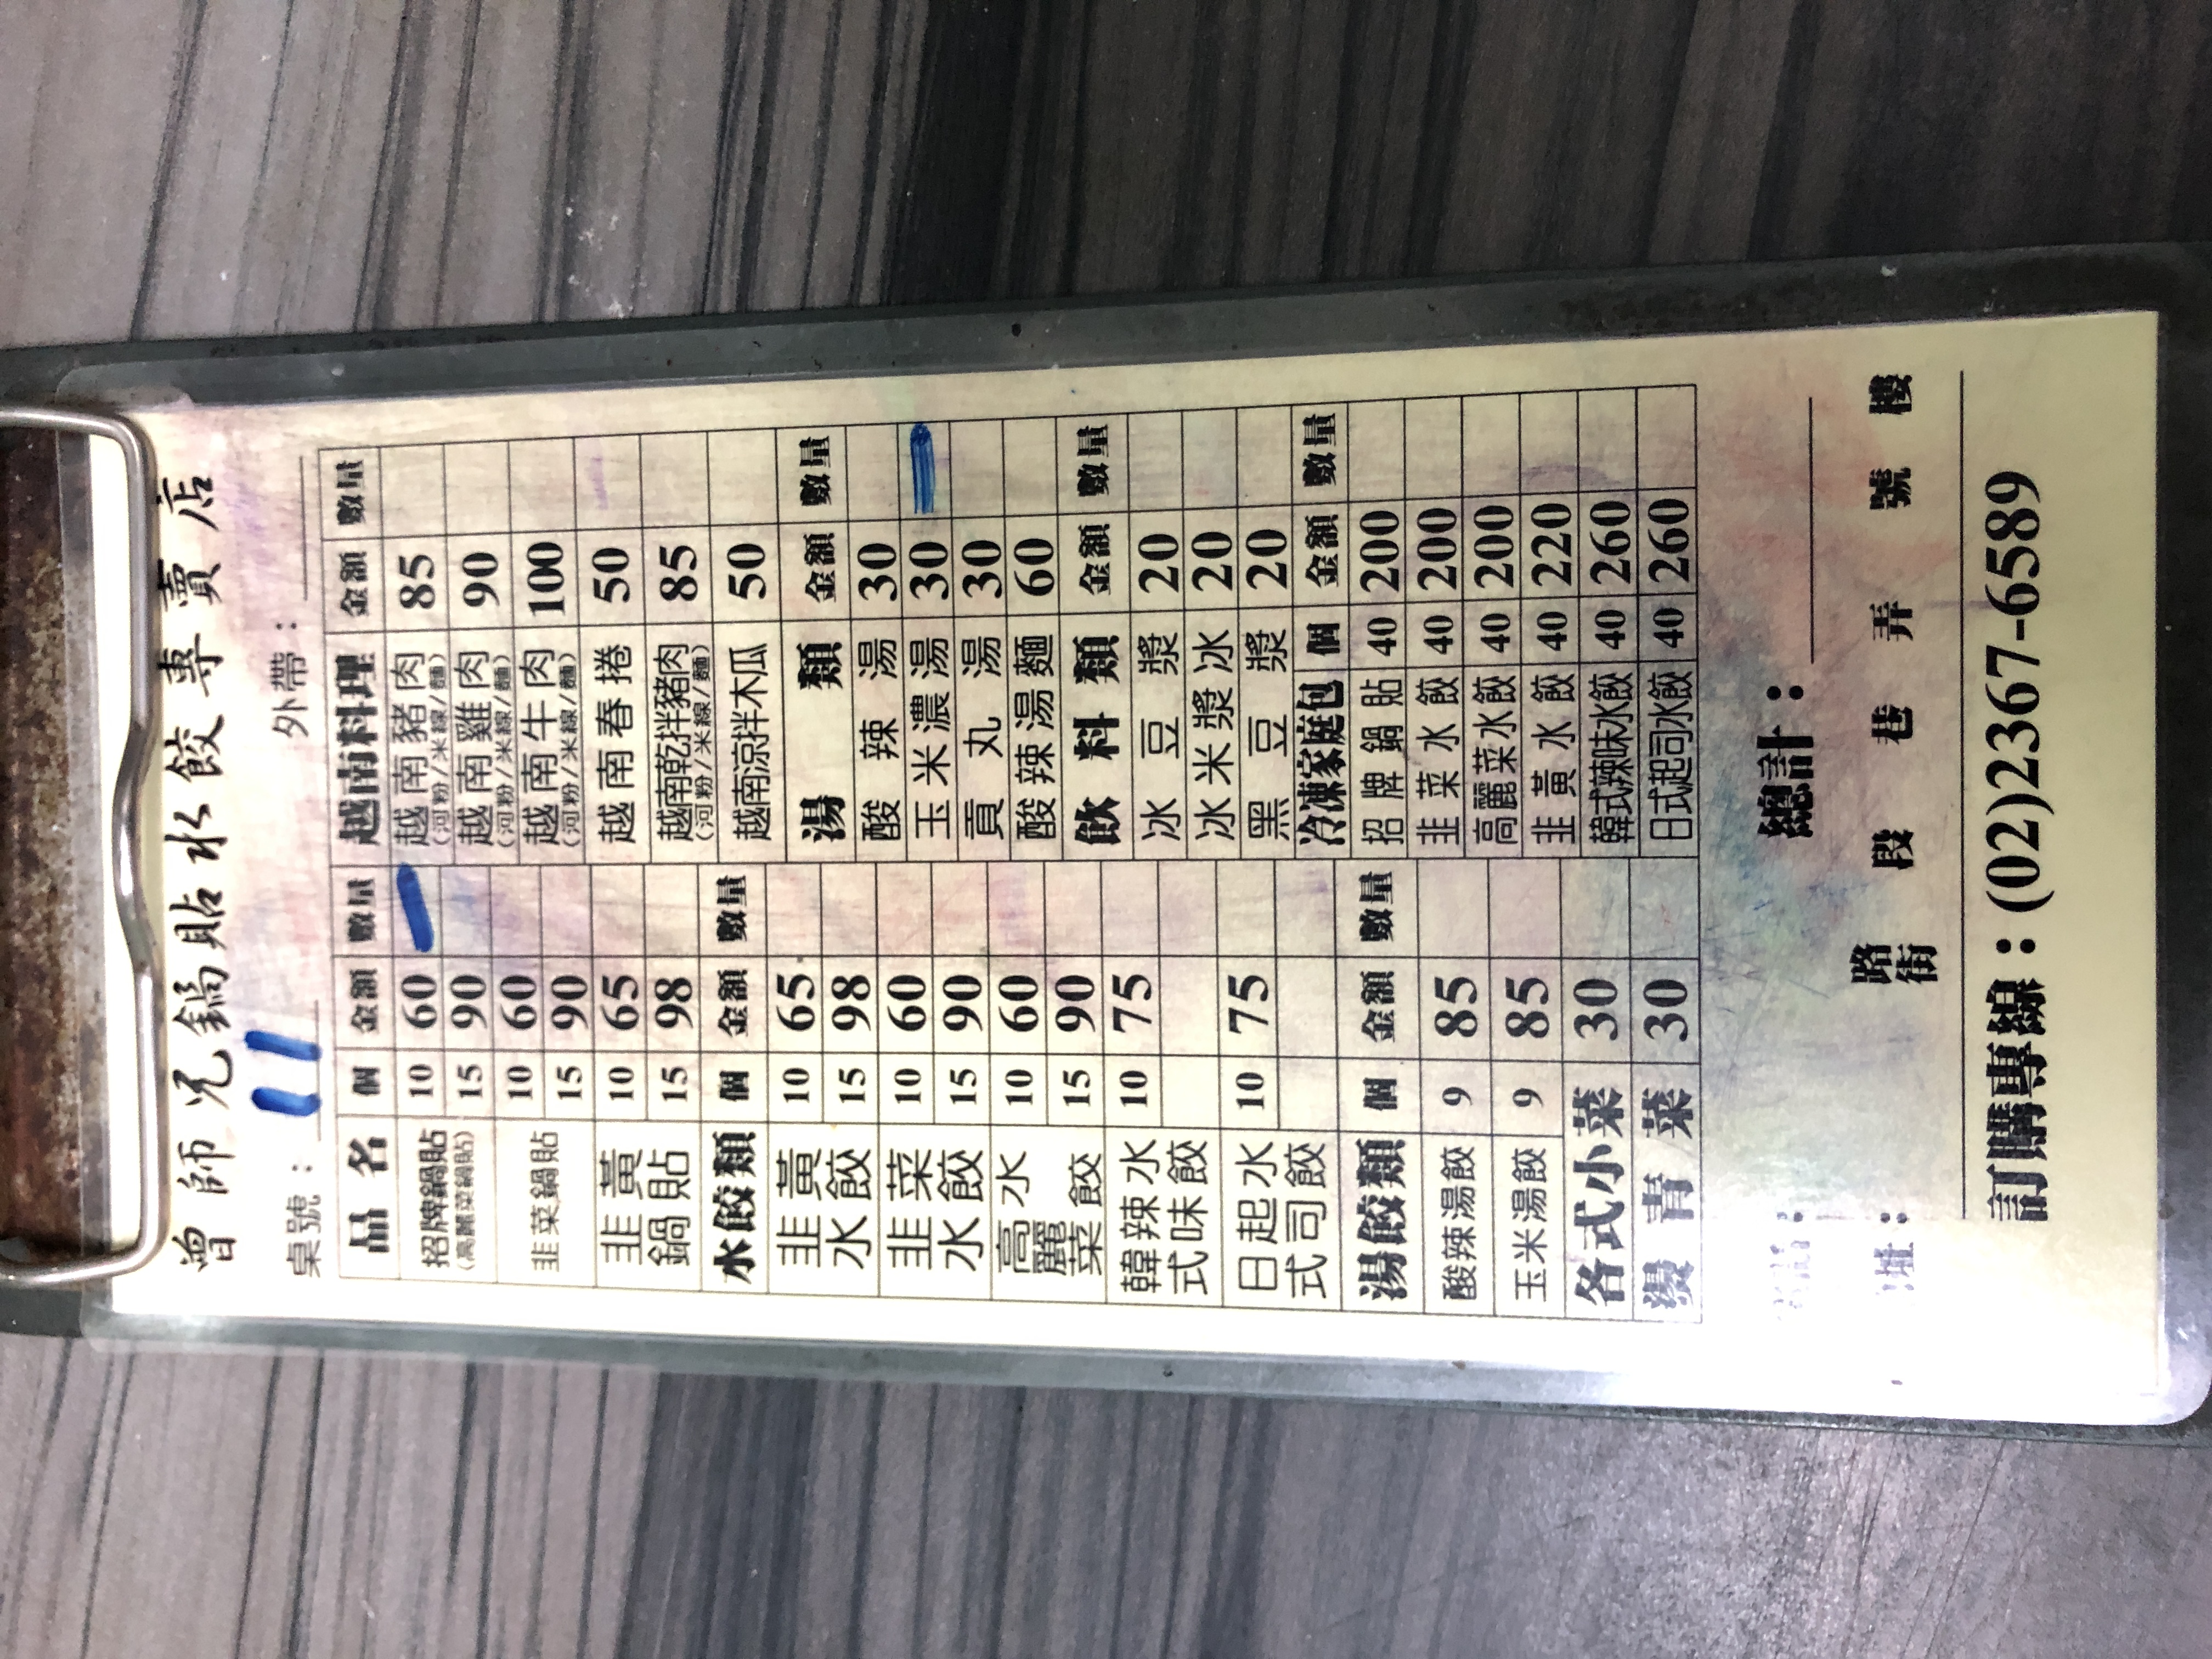
餐廳：師兄鍋貼水餃專賣店
電話：(02)2367-6589
菜單：
name: 招牌鍋貼 (10個)
price: 60
name: 招牌鍋貼 (15個)
price: 90
name: 韭菜鍋貼 (10個)
price: 60
name: 韭菜鍋貼 (15個)
price: 90
name: 高麗菜鍋貼 (10個)
price: 60
name: 高麗菜鍋貼 (15個)
price: 90
name: 泡菜鍋貼 (10個)
price: 65
name: 泡菜鍋貼 (15個)
price: 98
name: 鍋貼 (10個)
price: 65
name: 鍋貼 (15個)
price: 98
name: 韭菜水餃 (10個)
price: 60
name: 韭菜水餃 (15個)
price: 90
name: 高麗菜水餃 (10個)
price: 60
name: 高麗菜水餃 (15個)
price: 90
name: 韓式辣味水餃 (10個)
price: 65
name: 韓式辣味水餃 (15個)
price: 98
name: 日式起司水餃 (10個)
price: 75
name: 日式起司水餃 (15個)
price: -1
name: 越南豬肉
price: 85
name: 越南雞肉
price: 90
name: 越南牛肉
price: 100
name: 越南春捲
price: 50
name: 越南涼拌木瓜
price: 50
name: 酸辣湯
price: 30
name: 玉米濃湯
price: 30
name: 貢丸湯
price: 30
name: 酸辣湯麵
price: 60
name: 酸辣水餃
price: 75
name: 冰豆漿
price: 20
name: 冰米漿
price: 20
name: 黑豆漿
price: 20
name: 冷凍家庭包 招牌鍋貼 (40個)
price: 200
name: 冷凍家庭包 韭菜水餃 (40個)
price: 200
name: 冷凍家庭包 高麗菜水餃 (40個)
price: 200
name: 冷凍家庭包 韓式辣味水餃 (40個)
price: 220
name: 冷凍家庭包 日式起司水餃 (40個)
price: 260
name: 酸辣湯餃
price: 85
name: 玉米湯餃
price: 85
name: 滷味
price: 30